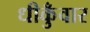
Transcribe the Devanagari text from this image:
धीकुँवार